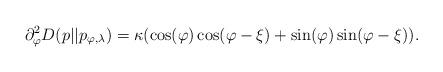
LaTeX: \begin{align*}\partial^2_\varphi D(p||p_{\varphi,\lambda}) &= \kappa( \cos(\varphi) \cos(\varphi-\xi) + \sin(\varphi)\sin(\varphi-\xi)).\end{align*}